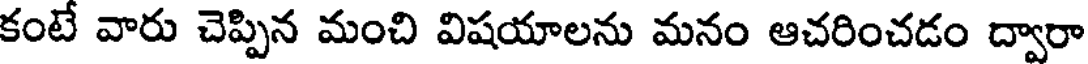
కంటే వారు చెప్పిన మంచి విషయాలను మనం ఆచరించడం ద్వారా